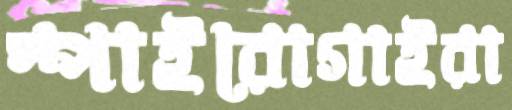
স্পাইরোগাইরা